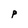
Character: P